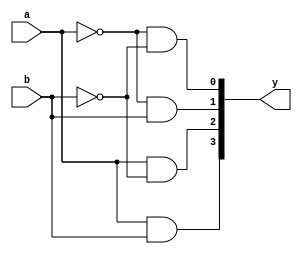
module deco1(y, a,b);
output [3:0] y;
input a,b;

not(a_bar,a),(b_bar,b);
and(y[0],a_bar,b_bar),(y[1],a_bar,b),(y[2],a,b_bar),(y[3],a,b);

endmodule